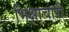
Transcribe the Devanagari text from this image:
भिक्षाचारी